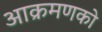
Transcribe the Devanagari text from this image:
आक्रमणको